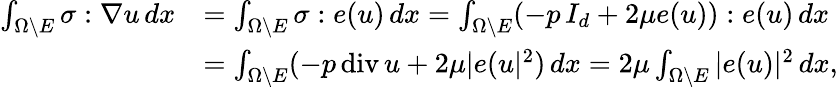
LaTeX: \begin{array}{rl}{\int_{\Omega\setminus E}\sigma:\nabla u\, dx}&{=\int_{\Omega\setminus E}\sigma:e(u)\, dx=\int_{\Omega\setminus E}(-p\, I_{d}+2\mu e(u)):e(u)\, dx}\\ &{=\int_{\Omega\setminus E}(-p\, \mathrm{div}\, u+2\mu|e(u|^{2})\, dx=2\mu\int_{\Omega\setminus E}|e(u)|^{2}\, dx,}\end{array}